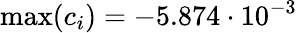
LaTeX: \operatorname*{max}(c_{i})=-5.874\cdot 10^{-3}